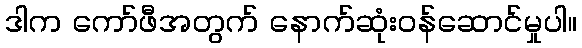
ဒါက ကော်ဖီအတွက် နောက်ဆုံးဝန်ဆောင်မှုပါ။